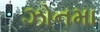
ઝોનમા